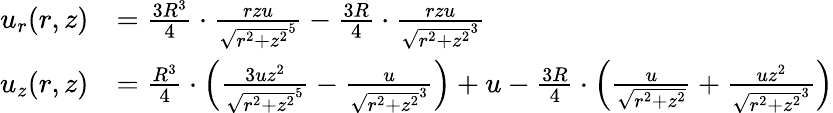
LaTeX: {\begin{array}{rl}{u_{r}(r,z)}&{={\frac{3R^{3}}{4}}\cdot{\frac{rzu}{{\sqrt{r^{2}+z^{2}}}^{5}}}-{\frac{3R}{4}}\cdot{\frac{rzu}{{\sqrt{r^{2}+z^{2}}}^{3}}}}\\ {u_{z}(r,z)}&{={\frac{R^{3}}{4}}\cdot\left({\frac{3uz^{2}}{{\sqrt{r^{2}+z^{2}}}^{5}}}-{\frac{u}{{\sqrt{r^{2}+z^{2}}}^{3}}}\right)+u-{\frac{3R}{4}}\cdot\left({\frac{u}{\sqrt{r^{2}+z^{2}}}}+{\frac{uz^{2}}{{\sqrt{r^{2}+z^{2}}}^{3}}}\right)}\end{array}}